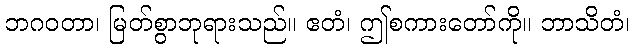
ဘဂဝတာ၊ မြတ်စွာဘုရားသည်။ ဧတံ၊ ဤစကားတော်ကို။ ဘာသိတံ၊